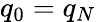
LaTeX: q_{0}=q_{N}